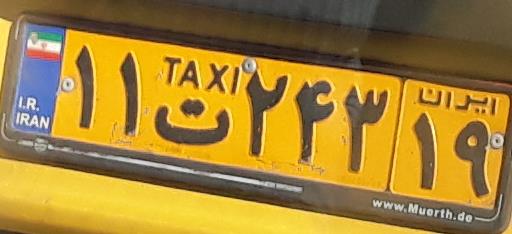
۱۱ت۲۴۳۱۹